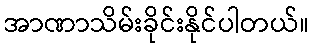
အာဏာသိမ်းခိုင်းနိုင်ပါတယ်။